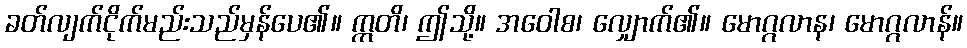
ခတ်လျက်ငိုက်မည်းသည်မှန်ပေ၏။ ဣတိ၊ ဤသို့။ အဝေါစ၊ လျှောက်၏။ မောဂ္ဂလာန၊ မောဂ္ဂလာန်။